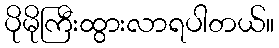
ပိုမိုကြီးထွားလာရပါတယ်။